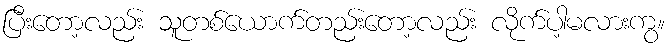
ပြီးတော့လည်း သူတစ်ယောက်တည်းတော့လည်း လိုက်ပါ့မလားကွ။